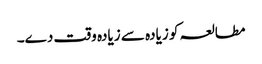
مطالعہ کو زیادہ سے زیادہ وقت دے۔